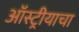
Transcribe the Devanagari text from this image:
ऑस्ट्रीयाचा